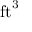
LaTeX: \mathrm { f t } ^ { 3 }